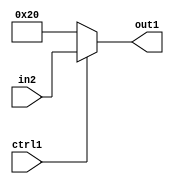
`timescale 1ps / 1ps
/*****************************************************************************
    Verilog RTL Description
    
    
    Created by: Stratus DpOpt 2019.1.01 
*******************************************************************************/

module st_weight_addr_gen_Muxu6i32u1_4 (
	in2,
	ctrl1,
	out1
	); /* architecture "behavioural" */ 
input [5:0] in2;
input  ctrl1;
output [5:0] out1;
wire [5:0] asc001;

reg [5:0] asc001_tmp_0;
assign asc001 = asc001_tmp_0;
always @ (ctrl1 or in2) begin
	case (ctrl1)
		1'B1 : asc001_tmp_0 = in2 ;
		default : asc001_tmp_0 = 6'B100000 ;
	endcase
end

assign out1 = asc001;
endmodule

/* CADENCE  uLX3TQA= : u9/ySgnWtBlWxVPRXgAZ4Og= ** DO NOT EDIT THIS LINE ******/